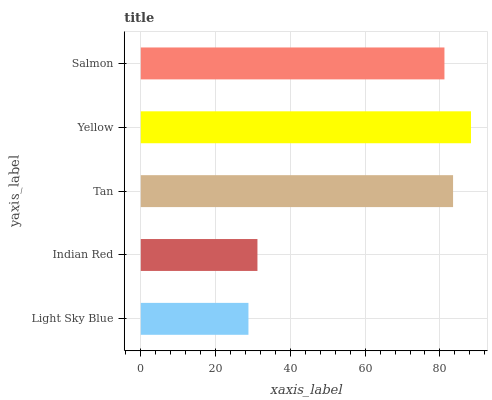
| yaxis_label | bars |
 | --- | --- |
 | Light Sky Blue | 28.8 |
 | Indian Red | 31.2 |
 | Tan | 83.5 |
 | Yellow | 88.3 |
 | Salmon | 81.2 |